Annual vaccination report of Bihar and Orissa - 1911-1928
Year: 1911
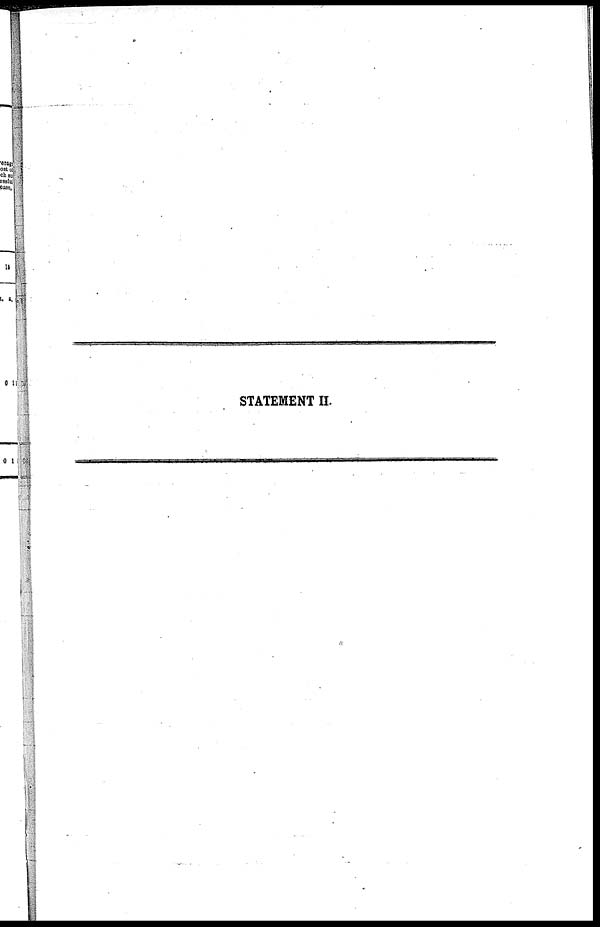
STATEMENT II.